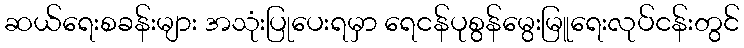
ဆယ်ရေးစခန်းများ အသုံးပြုပေးရမှာ ရေငန်ပုစွန်မွေးမြူရေးလုပ်ငန်းတွင်